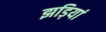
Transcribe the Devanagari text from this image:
झड़ियां